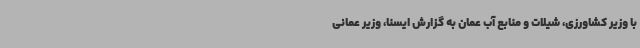
با وزیر کشاورزی، شیلات و منابع آب عمان به گزارش ایسنا، وزیر عمانی